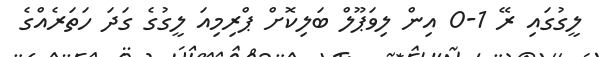
ލީގުގައި ރޭ 1-0 އިން ލިވަޕޫލް ބަލިކޮށް ޕްރިމިއަ ލީގުގެ ގަދަ ހަތަރެއްގެ